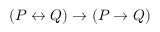
( P \leftrightarrow Q ) \to ( P \to Q )